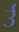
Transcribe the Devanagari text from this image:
र्उ